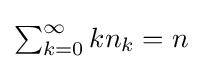
{\textstyle \sum _{k=0}^{\infty }kn_{k}=n}